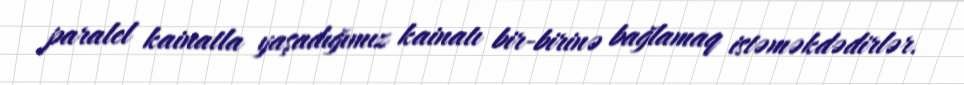
paralel kainatla yaşadığımız kainatı bir-birinə bağlamaq istəməkdədirlər.